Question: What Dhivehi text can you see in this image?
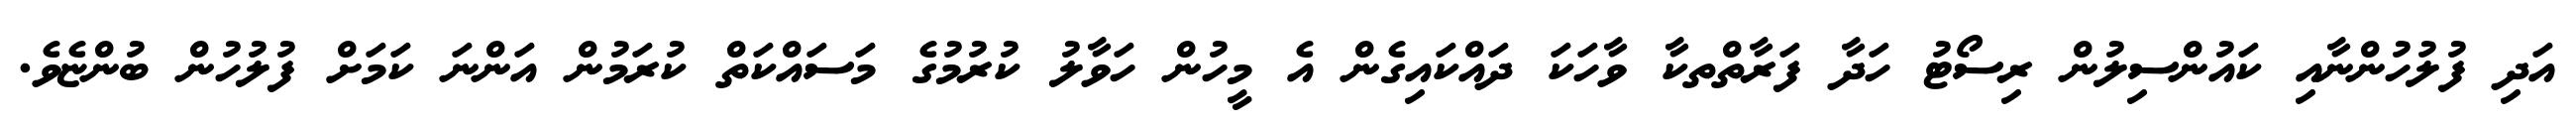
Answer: އަދި ފުލުހުންނާއި ކައުންސިލުން ރިސޯޓު ހަދާ ފަރާތްތކާ ވާހަކަ ދައްކައިގެން އެ މީހުން ހަވާލު ކުރުމުގެ މަސައްކަތް ކުރަމުން އަންނަ ކަމަށް ފުލުހުން ބުންޏެވެ.